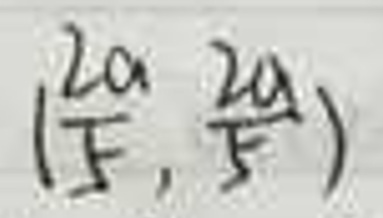
$( \frac { 2 a } { 5 }, \frac { 2 a } { 5 } )$